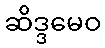
ဆိဒ္ဒမေဝ